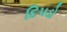
દિપડો